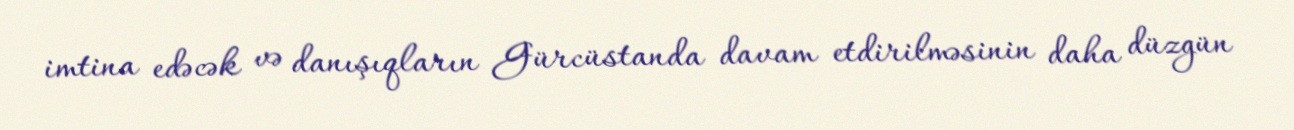
imtina edəcək və danışıqların Gürcüstanda davam etdirilməsinin daha düzgün